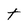
Character: t